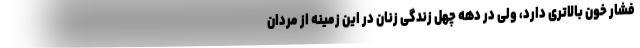
فشار خون بالاتری دارد، ولی در دهه چهل زندگی زنان در این زمینه از مردان